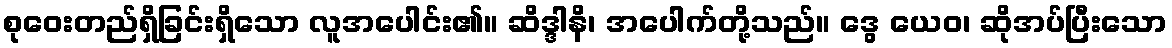
စုဝေးတည်ရှိခြင်းရှိသော လူအပေါင်း၏။ ဆိဒ္ဒါနိ၊ အပေါက်တို့သည်။ ဒွေ ယေဝ၊ ဆိုအပ်ပြီးသော